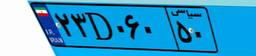
۲۳D۰۶۰۵۰